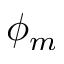
\phi _ { m }